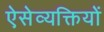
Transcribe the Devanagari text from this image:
ऐसेव्यक्तियों